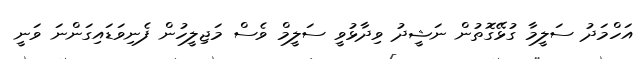
އަހްމަދު ސަލީމާ ގުޅޭގޮތުން ނަޝީދު ވިދާޅުވީ ސަލީމް ވެސް މަޖިލީހުން ފެނިވަޑައިގަންނަ ވަނީ